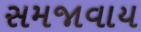
સમજાવાય